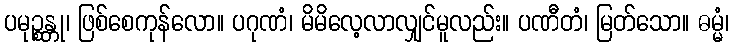
ပမုဉ္စန္တု၊ ဖြစ်စေကုန်လော။ ပဂုဏံ၊ မိမိလေ့လာလျှင်မူလည်း။ ပဏီတံ၊ မြတ်သော။ ဓမ္မံ၊